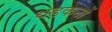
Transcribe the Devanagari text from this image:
धडकनों